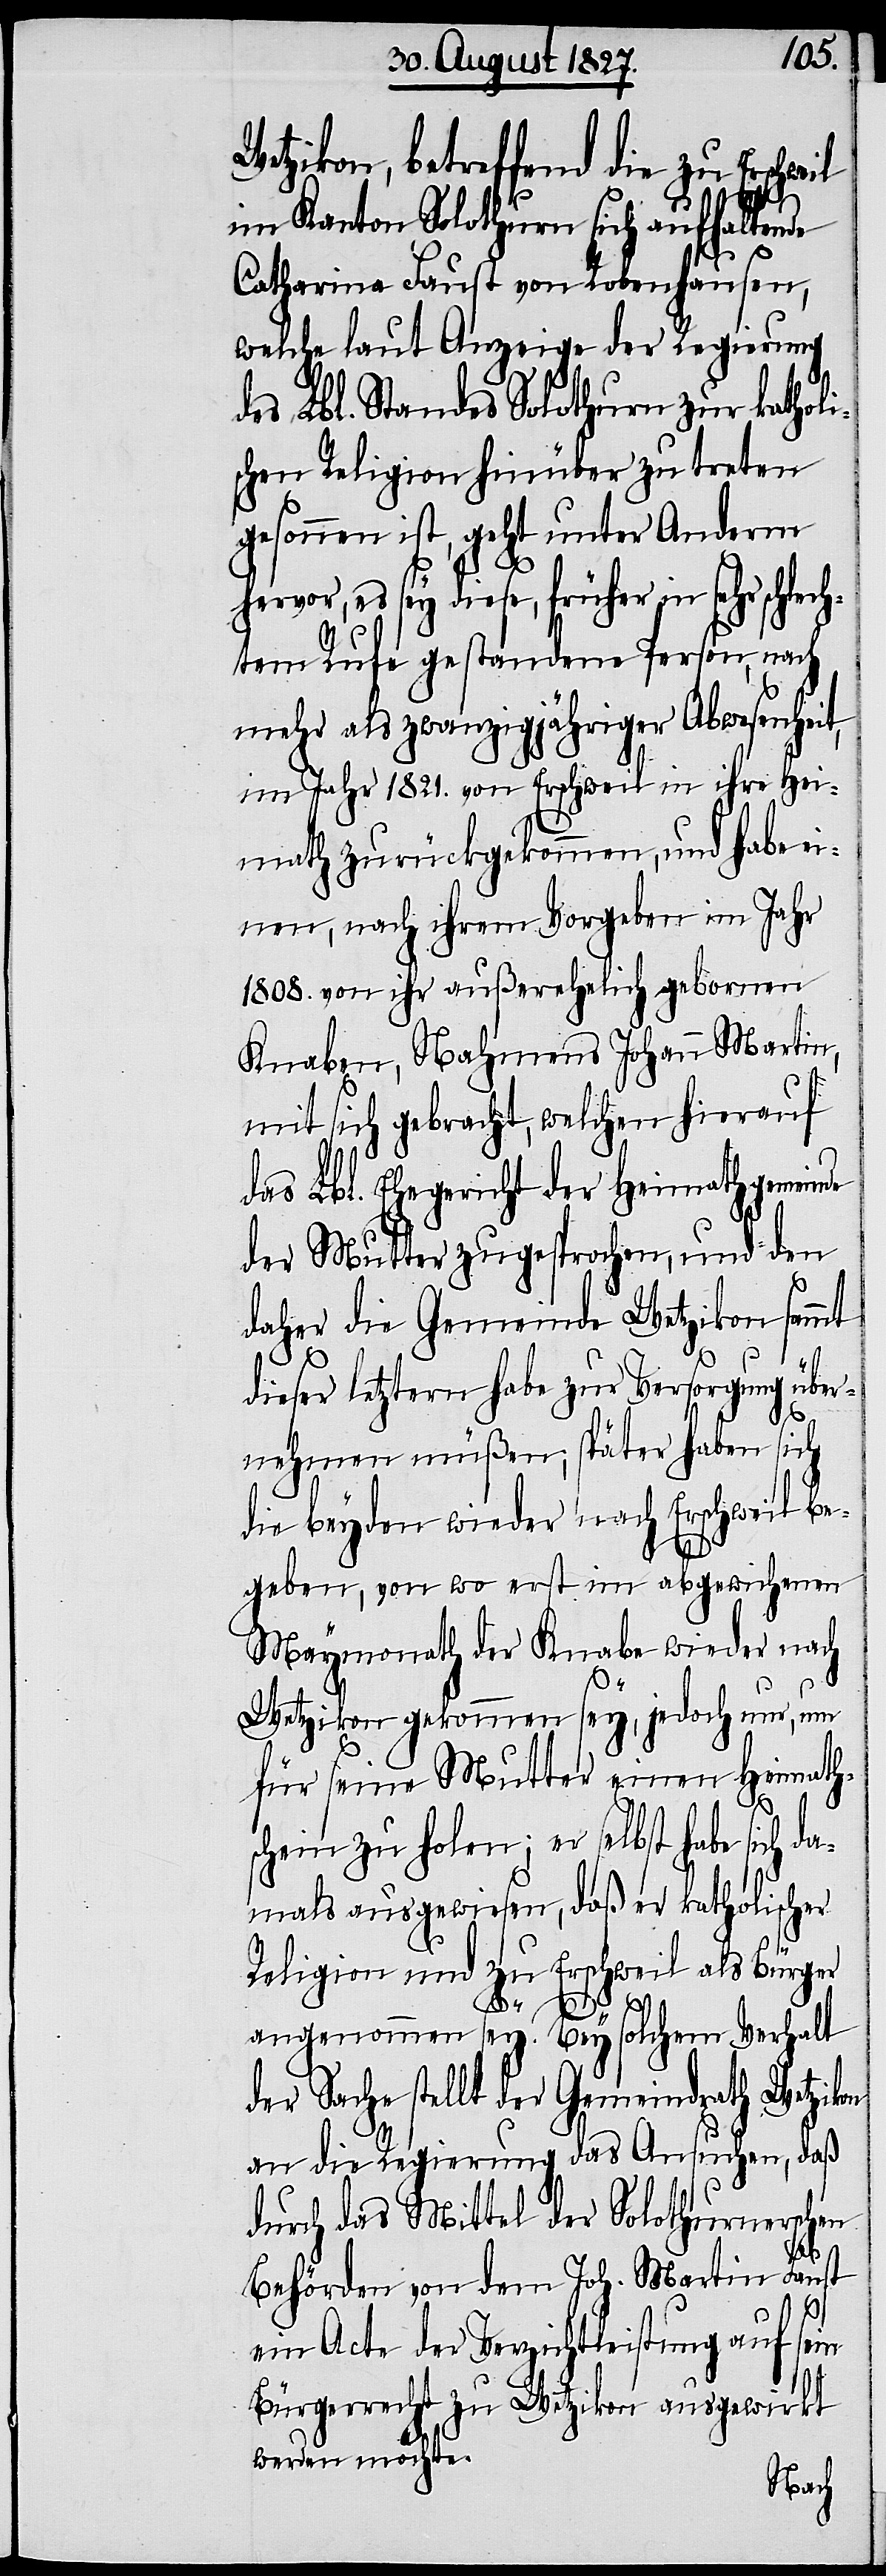
Wetzikon, betreffend die zu Erschwe¬
il
im Kanton Solothurn sich aufhaltende
Catharina Faust von Robenhausen,
welche laut Anzeige der Regierung
des Lbl. Standes Solothurn zur katholi¬
schen Religion hinüber zu treten
gesonnen ist, geht unter Anderm
hervor, es sey diese, früher in sehr schlec¬
htem Rufe gestandene Person, nach
mehr als zwanzigjähriger Abwesenheit,
im Jahr 1821. von Erschweil in ihre Hei¬
math zurückgekommen, und habe ei¬
nen, nach ihrem Vorgeben im Jahr
1808. von ihr außerehelich gebornen
Knaben, Nahmens Johann Martin,
mit sich gebracht, welchen hierauf
das Lbl. Ehegericht der Heimathgemeinde
der Mutter zugesprochen, und den
daher die Gemeinde Wetzikon sammt
dieser letztern habe zur Versorgung über¬
nehmen müßen; später haben sich
die beyden wieder nach Erschweil be¬
geben, von wo erst im abgewichenen
Maymonath der Knabe wieder nach
Wetzikon gekommen sey, jedoch nur, um
für seine Mutter einen Heimath¬
schein zu holen; er selbst habe sich d¬
amals ausgewiesen, daß er katholischer
Religion und zu Erschweil als Bürger
der Sach¬
angenommen sey. Bey solchem Verhalt
e stellt der Gemeindrath Wetzikon
an die Regierung das Ansuchen, daß
durch das Mittel der Solothurnerschen
Behörden von dem Joh. Martin Faust
ein Acte der Verzichtleistung auf sein
Bürgerrecht zu Wetzikon ausgewirkt
werden möchte.